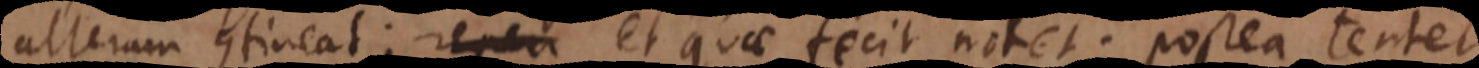
alteram contineat; reperi et quae fecit notet; postea tentet